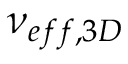
\nu _ { e f f , 3 D }